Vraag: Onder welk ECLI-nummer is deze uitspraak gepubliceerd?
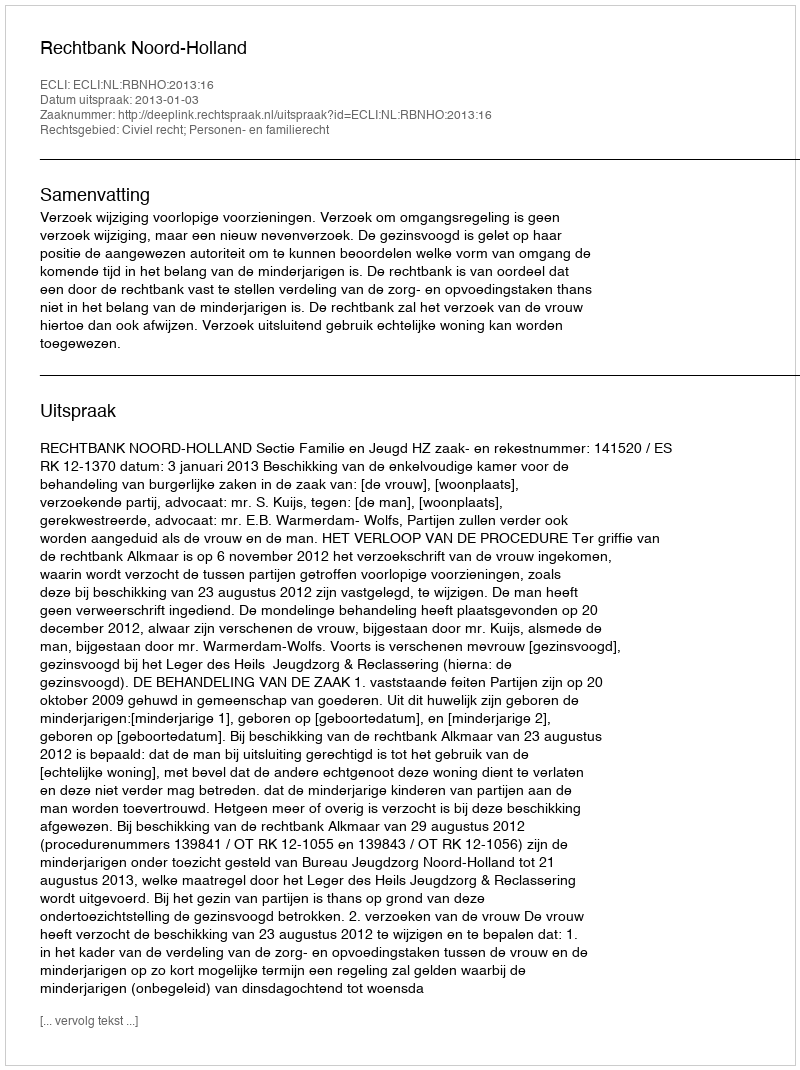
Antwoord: ECLI:NL:RBNHO:2013:16